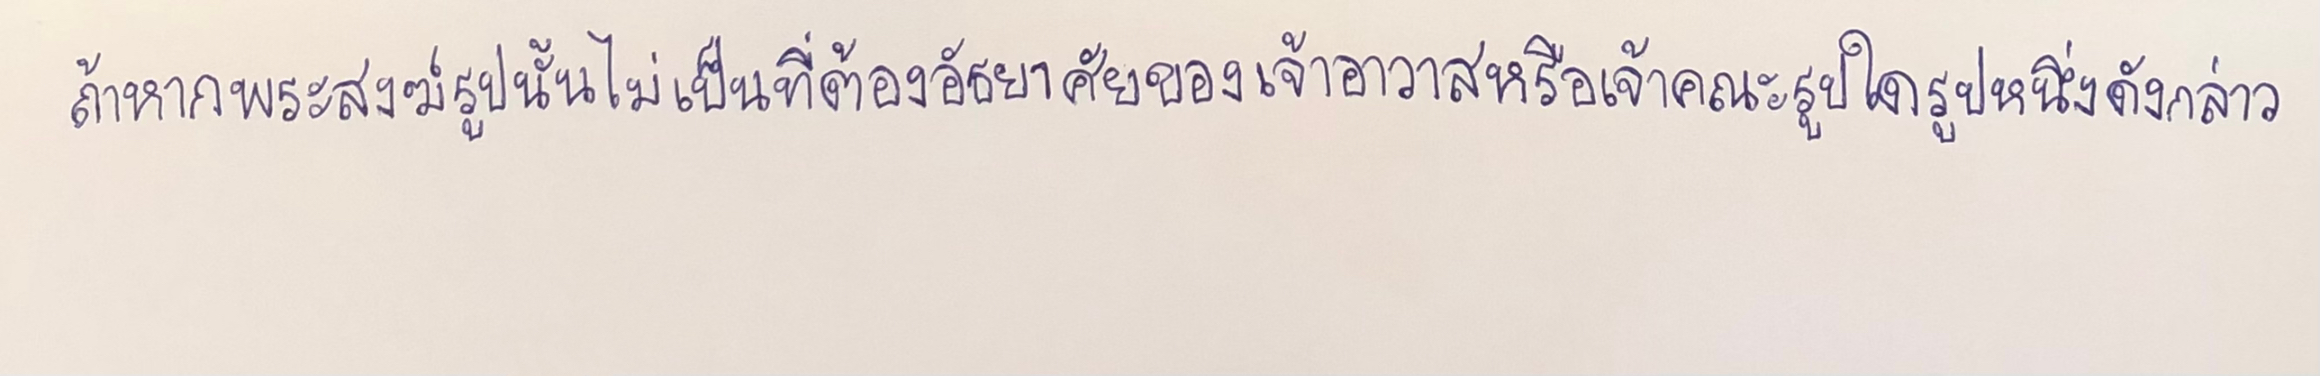
ถ้าหากพระสงฆ์รูปนั้นไม่เป็นที่ต้องอัธยาศัยของเจ้าอาวาสหรือเจ้าคณะรูปใดรูปหนึ่งดังกล่าว